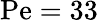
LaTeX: \mathrm{Pe}=33